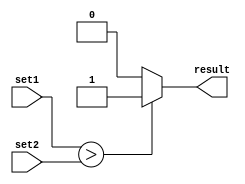
module magnitude_comparator (
    input [7:0] set1,
    input [7:0] set2,
    output reg result
);

always @* begin
    if (set1 > set2) begin
        result = 1;
    end else begin
        result = 0;
    end
end

endmodule